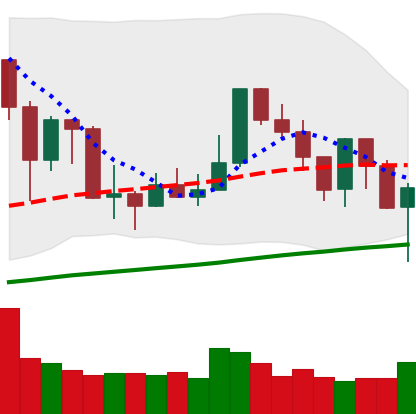
Ticker: XMR-USD
Chart end date: 2019-07-15
Forward return: -4.663%
Label: down_3_5